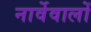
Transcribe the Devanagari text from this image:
नार्वेवालों